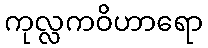
ကုလ္လကဝိဟာရော